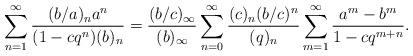
LaTeX: \begin{align*}\sum_{n =1}^{\infty} \frac{ (b/a)_n a^n }{ (1- c q^n) (b)_n }=\frac{ ( b/c )_{\infty }}{(b)_{\infty} } \sum_{n=0}^{\infty} \frac{(c)_n ( b/c)^n }{(q)_n} \sum_{m=1}^{\infty} \frac{a^m - b^m }{1- c q^{m+n} }.\end{align*}